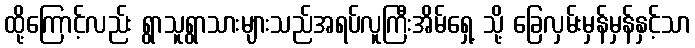
ထို့ကြောင့်လည်း ရွာသူရွာသားများသည်အရပ်လူကြီးအိမ်ရှေ့ သို့ ခြေလှမ်းမှန်မှန်နှင့်သာ